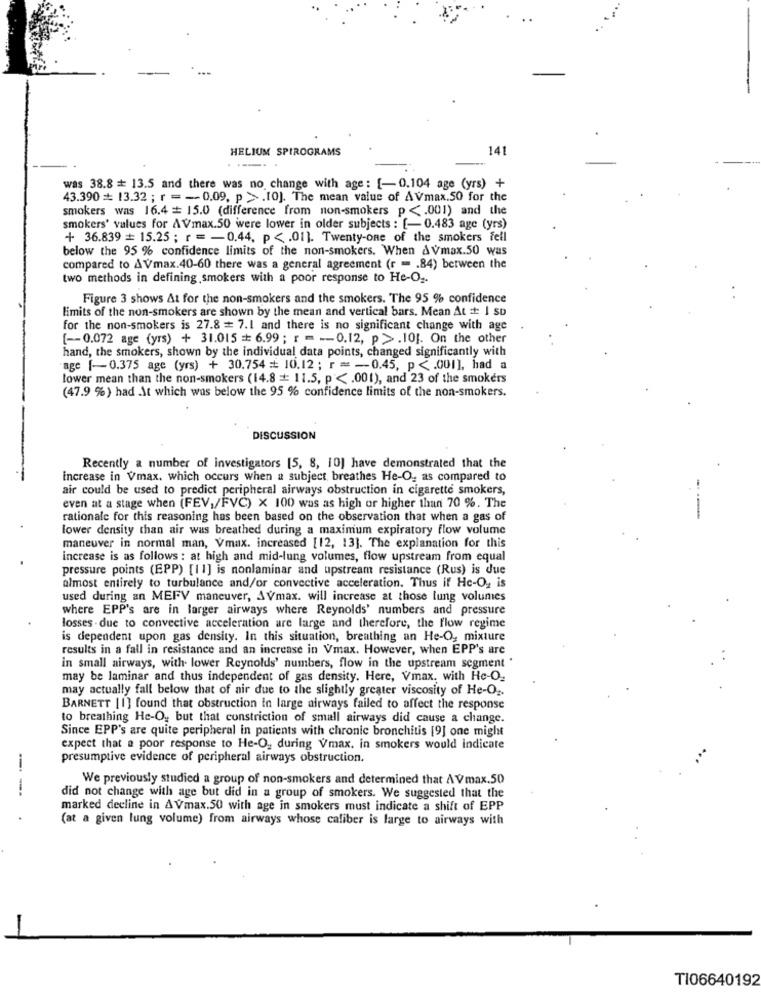
HELIUM SPIROGRAMS
141
was 38.8 + 13.5 and there was no change with age: [-0.104 age (yrs) +
43.390 = 13.32 ; r = - 0.09. p > .[0]. The mean value of AVmax.50 for the
smokers was 16.4 = 15.0 (difference from non-smokers p <. 001) and the
smokers' values for AVmax.50 were lower in older subjects : [-0.483 age (yrs)
+ 36.839 = 15.25 ; r = - 0.44, p < . 01]. Twenty-one of the smokers fell
below the 95 % confidence limits of the non-smokers. When AVmax.50 was
compared to AVmax.40-60 there was a general agreement (r = . 84) between the
two methods in defining smokers with a poor response to He-O2.
Figure 3 shows At for the non-smokers and the smokers. The 95 % confidence
limits of the non-smokers are shown by the mean and vertical bars. Mean At = 1 SD
for the non-smokers is 27.8 # 7.1 and there is no significant change with age
[ -- 0.072 age (yrs) + 31.015 = 6.99 ; r = - 0.12, p > .101. On the other
hand, the smokers, shown by the individual data points, changed significantly with
age [-0.375 age (yrs) + 30.754 == 10.12 ; r = -- 0.45, p < . 001], had a
lower mean than the non-smokers (14.8 == 11.5, p < . 001), and 23 of the smokers
(47.9 %) had At which was below the 95 % confidence limits of the non-smokers.
DISCUSSION
Recently a number of investigators [5, 8, 10] have demonstrated that the
increase in Vmax, which occurs when a subject breathes He-O, as compared to
air could be used to predict peripheral airways obstruction in cigarette smokers,
even at a stage when (FEV,/FVC) X 100 was as high or higher than 70 %. The
rationale for this reasoning has been based on the observation that when a gas of
lower density than air was breathed during a maximum expiratory flow volume
maneuver in normal man, Vmax. increased [12, 13]. The explanation for this
increase is as follows : at high and mid-lung volumes, flow upstream from equal
pressure points (EPP) [11] is nonlaminar and upstream resistance (Rus) is due
almost entirely to turbulance and/or convective acceleration. Thus if He-O, is
used during an MEFV maneuver, AVmax. will increase at those lung volumes
where EPP's are in larger airways where Reynolds' numbers and pressure
losses . due to convective acceleration are large and therefore, the flow regime
is dependent upon gas density. In this situation, breathing an He-O, mixture
results in a fall in resistance and an increase in Vmax. However, when EPP's are
in small airways, with lower Reynolds' numbers, flow in the upstream segment "
may be laminar and thus independent of gas density. Here, Vmax. with Hc-O2
may actually fall below that of air due to the slightly greater viscosity of He-Oz.
BARNETT [1] found that obstruction in large airways failed to affect the response
to breathing He-O, but that constriction of small airways did cause a change.
Since EPP's are quite peripheral in patients with chronic bronchitis [9] one might
expect that a poor response to He-O, during Vmax. in smokers would indicate
presumptive evidence of peripheral airways obstruction.
We previously studied a group of non-smokers and determined that AVmax.50
--
did not change with age but did in a group of smokers. We suggested that the
marked decline in AVmax.50 with age in smokers must indicate a shift of EPP
.
(at a given lung volume) from airways whose caliber is large to airways with
TI06640192